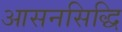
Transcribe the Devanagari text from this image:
आसनसिद्धि